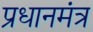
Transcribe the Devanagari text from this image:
प्रधानमंत्र